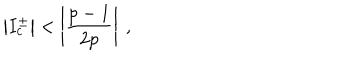
LaTeX: \left| I _ { c } ^ { \pm } \right| < \left| \displaystyle \frac { p - 1 } { 2 p } \right| \: ,